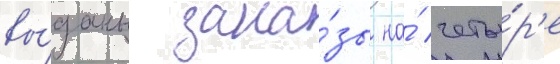
вы́даны зака́зы на́ четы́р'е